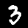
Digit: 3